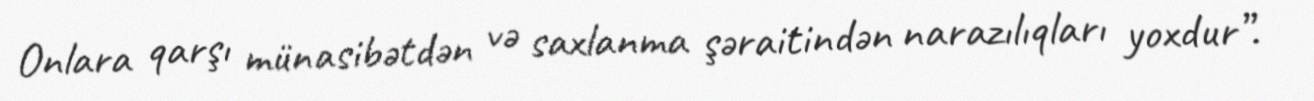
Onlara qarşı münasibətdən və saxlanma şəraitindən narazılıqları yoxdur”.